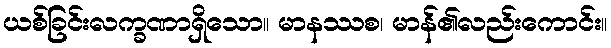
ယစ်ခြင်းလက္ခဏာရှိသော။ မာနဿစ၊ မာန်၏လည်းကောင်း။